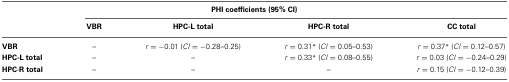
<table><thead><tr><td colspan="5"><b>PHI coefficients (95% CI)</b></td></tr><tr><td></td><td><b>VBR</b></td><td><b>HPC-L total</b></td><td><b>HPC-R total</b></td><td><b>CC total</b></td></tr></thead><tbody><tr><td><b>VBR</b></td><td>–</td><td><i>r</i> = −0.01 (<i>CI</i> = −0.28–0.25)</td><td><i>r</i> = 0.31<sup>*</sup> (<i>CI</i> = 0.05–0.53)</td><td><i>r</i> = 0.37<sup>*</sup> (<i>CI</i> = 0.12–0.57)</td></tr><tr><td><b>HPC-L total</b></td><td>–</td><td>–</td><td><i>r</i> = 0.33<sup>*</sup> (<i>CI</i> = 0.08–0.55)</td><td><i>r</i> = 0.03 (<i>CI</i> = −0.24–0.29)</td></tr><tr><td><b>HPC-R total</b></td><td>–</td><td>–</td><td>–</td><td><i>r</i> = 0.15 (<i>CI</i> = −0.12–0.39)</td></tr></tbody></table>